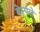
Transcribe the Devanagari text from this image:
बेस्पले